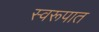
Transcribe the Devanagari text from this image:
स्‍वरूपात